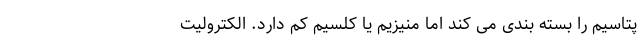
پتاسیم را بسته بندی می کند اما منیزیم یا کلسیم کم دارد. الکترولیت